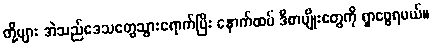
တို့များ အဲသည်ဒေသတွေသွားရောက်ပြီး နောက်ထပ် ဒီစာမျိုးတွေကို ရှာဖွေရမယ်။